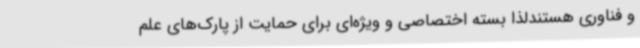
و فناوری هستندلذا بسته اختصاصی و ویژه‌ای برای حمایت از پارک‌های علم